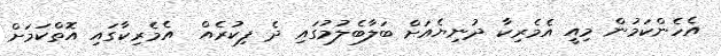
އެހެންކަމުން މިއީ އެމެރިކާ ދުނިޔެއަށް ބަލާބެލުމުގައި ދެ ފިކުރެއް  އެމެރިކާގައި އޮތްކަމަށް